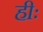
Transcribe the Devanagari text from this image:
हीः